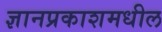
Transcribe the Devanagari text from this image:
ज्ञानप्रकाशमधील